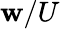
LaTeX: \mathbf{w}/U